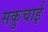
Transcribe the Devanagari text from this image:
सकुचाई